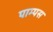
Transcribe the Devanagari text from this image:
पाम्पस